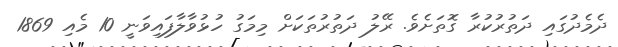
ދެމެދުގައި ދަތުރުކުރާ ގޮތަށެވެ. ރޭލު ދަތުރުތަކަށް މިމަގު ހުޅުވާލާފައިވަނީ 10 މެއި 1869